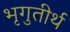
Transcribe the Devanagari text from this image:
भृगुतीर्थ